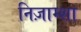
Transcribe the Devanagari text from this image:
निज़ाम्शा